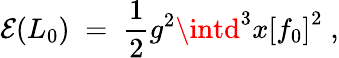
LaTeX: \mathcal{E}(L_{0})\; =\; \frac{{1}}{{2}}g^{2}\intd^{3}x{[f_{0}]}^{2}\; ,